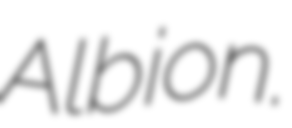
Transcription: Albion.